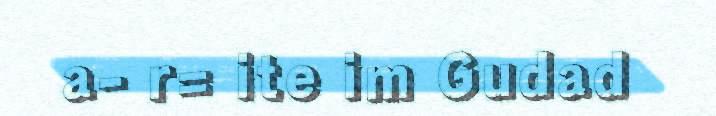
a- r= ite im Gudad